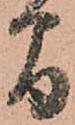
間